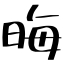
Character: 晦